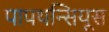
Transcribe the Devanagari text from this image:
पापथन्सियूस